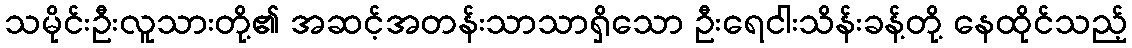
သမိုင်းဦးလူသားတို့၏ အဆင့်အတန်းသာသာရှိသော ဦးရေငါးသိန်းခန့်တို့ နေထိုင်သည့်